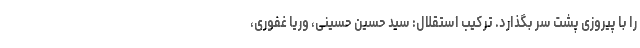
را با پیروزی پشت سر بگذارد. ترکیب استقلال: سید حسین حسینی، وریا غفوری،